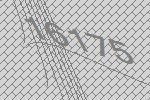
16175